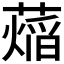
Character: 𬞨